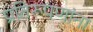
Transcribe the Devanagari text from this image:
प्रतिरूपणांना